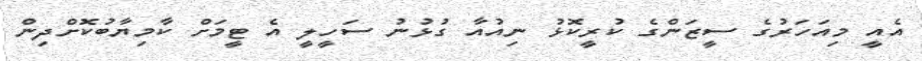
އެއީ މިއަހަރުގެ ސީޒަންގެ ކުރީކޮޅު ނިއުއާ ގުޅުނު ސަހީލީ އެ ޓީމަށް ކާމިޔާބުކޮށްދިން